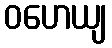
ဝဟေယျ